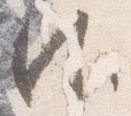
所